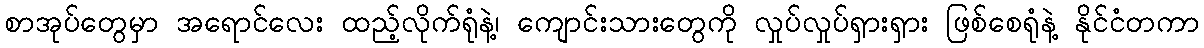
စာအုပ်တွေမှာ အရောင်လေး ထည့်လိုက်ရုံနဲ့၊ ကျောင်းသားတွေကို လှုပ်လှုပ်ရှားရှား ဖြစ်စေရုံနဲ့ နိုင်ငံတကာ